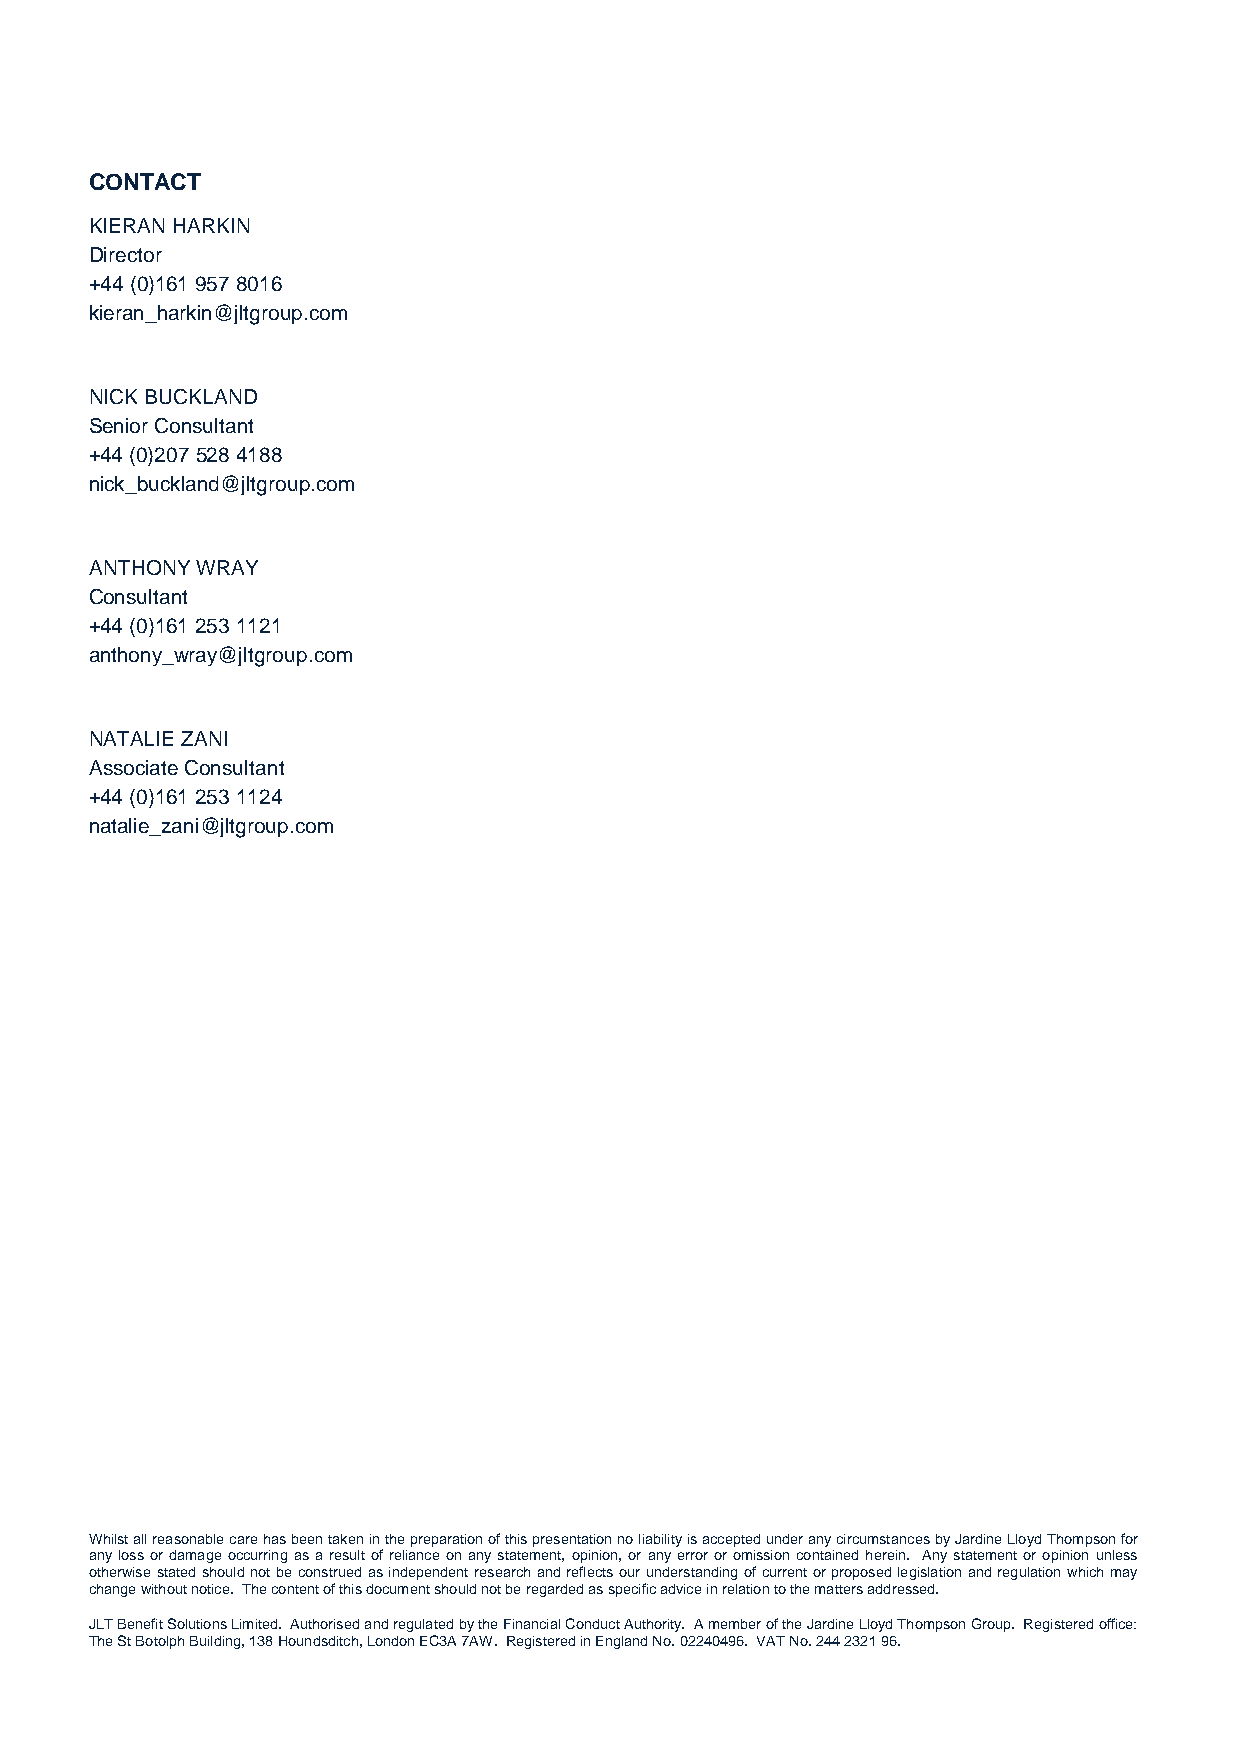
CONTACT
 KIERAN HARKIN
 Director
 +44 (0)161 957 8016
 kieran_harkin@jltgroup.com
 NICK BUCKLAND
 Senior Consultant
 +44 (0)207 528 4188
 nick_buckland@jltgroup.com
 ANTHONY WRAY
 Consultant
 +44 (0)161 253 1121
 anthony_wray@jltgroup.com
 NATALIE ZANI
 Associate Consultant
 +44 (0)161 253 1124
 natalie_zani@jltgroup.com
 Whilst all reasonable care has been taken in the preparation of this presentation no liability is accepted under any circumstances by Jardine Lloyd Thompson for
 any loss or damage occurring as a result of reliance on any statement, opinion, or any error or omission contained herein. Any statement or opinion unless
 otherwise stated should not be construed as independent research and reflects our understanding of current or proposed legislation and regulation which may
 change without notice. The content of this document should not be regarded as specific advice in relation to the matters addressed.
 JLT Benefit Solutions Limited. Authorised and regulated by the Financial Conduct Authority. A member of the Jardine Lloyd Thompson Group. Registered office:
 The St Botolph Building, 138 Houndsditch, London EC3A 7AW. Registered in England No. 02240496. VAT No. 244 2321 96.